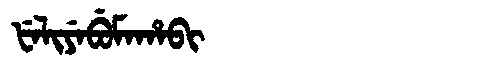
Manchu: ᡶᡝᠯᡳᠶᡝᠪᡠᠮᠠᡥᠠᠪᡳ
Romanization: FELIYEBUMAHABI